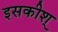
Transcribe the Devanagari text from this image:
इसकीश्